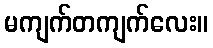
မကျက်တကျက်လေး။